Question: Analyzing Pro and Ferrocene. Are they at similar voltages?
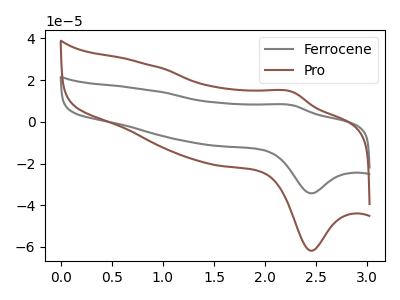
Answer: <think>The gray curve "Ferrocene" has an anodic peak at (2.25V, 8.00uA) and a cathodic peak at (2.45V, -34.30uA). The brown curve "Pro" has an anodic peak at (2.25V, 14.45uA) and a cathodic peak at (2.45V, -61.80uA).
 All the peaks in "Pro" have a peak in "Ferrocene" at the same potential. Every peak in "Pro" is higher than every peak in "Ferrocene".</think>
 <answer>"Pro" and "Ferrocene" are similar in shape.</answer>
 <eval>same_shape</eval>